Lunatic asylums in Bengal annual reports 1912-1924 - 1912-1924
Year: 1912
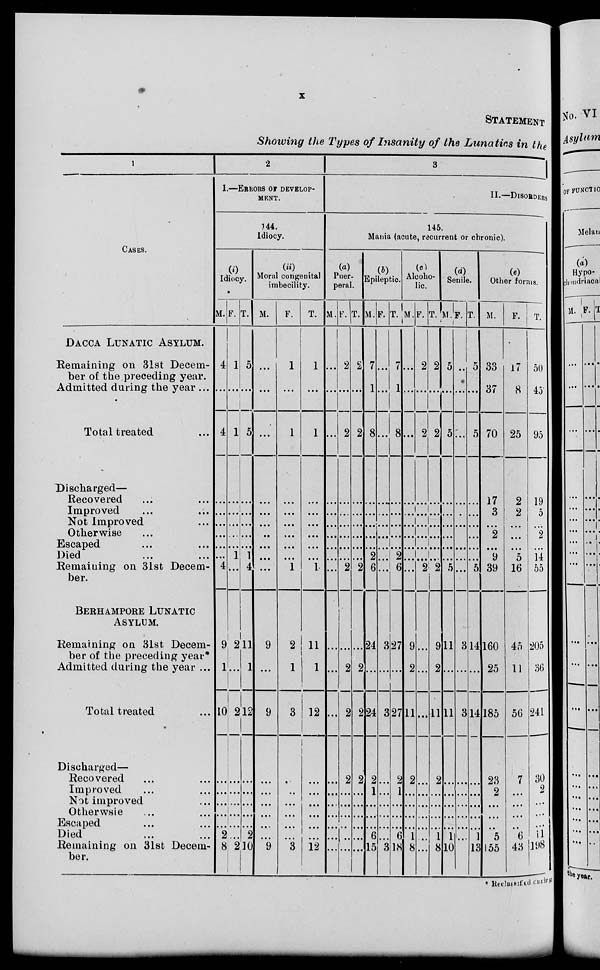
x
STATEMENT
Showing the Types of Insanity of the Lunatics in the
1
CASES.
DACCA LUNATIC ASYLUM.
Remaining on 31st Decem-
ber of the preceding year.
Admitted during the year ...
Total treated ...
Discharged—
Recovered ... ...
Improved ... ...
Not Improved ...
Otherwise ...
Escaped ... ...
Died ... ...
Remaining on 31st Decem-
ber.
BERHAMPORE LUNATIC
ASYLUM.
Remaining on 31st Decem-
ber of the preceding year
Admitted during the year ...
Total treated ...
Discharged—
Recovered ... ...
Improved ... ...
Not improved ...
Otherwsie ... ...
Escaped ... ...
Died ... ...
Remaining on 31st Decem-
ber.
2
1.—ERRORS OF DEVELOP-
-----
144.
Idiocy.
(i)
Idiocy.
M.
4
...
4
...
...
...
...
...
...
4
9
1
10
...
...
...
...
...
2
8
F.
1
...
1
...
...
...
...
...
1
...
2
...
2
...
...
...
...
...
...
2
T.
5
...
5
...
...
...
...
...
1
4
11
1
12
...
...
...
...
...
2
10
(ii)
Moral congenital
imbecility.
M.
...
...
...
...
...
...
...
...
...
...
9
...
9
...
...
...
...
...
...
9
F.
1
...
1
...
...
...
...
...
...
1
2
1
3
...
...
...
...
...
...
3
T.
1
...
1
...
...
...
...
...
...
1
11
1
12
...
...
...
...
...
...
12
3
II.—DISORDERS
145.
Mania (acute, recurrent or chronic).
(a)
Puer-
peral.
M.
...
...
...
...
...
...
...
...
...
...
...
...
...
...
...
...
...
...
...
...
F.
2
...
2
...
...
...
...
...
...
2
...
2
2
2
...
...
...
...
...
...
T.
2
...
2
...
...
...
...
...
...
2
...
2
2
2
...
...
...
...
...
...
(b)
Epileptic.
M.
7
1
8
...
...
...
...
...
2
6
24
...
24
2
1
...
...
...
6
15
F.
...
...
...
...
...
...
...
...
...
...
3
...
3
...
...
...
...
...
...
3
T.
7
1
8
...
...
...
...
...
2
6
27
...
27
2
1
...
...
...
6
18
(c)
Alcoho-
lic.
M.
...
...
...
...
...
...
...
...
...
...
9
2
11
2
...
...
...
...
1
8
F.
2
...
2
...
...
...
...
...
...
2
...
...
...
...
...
...
...
...
...
...
T.
2
1
2
...
...
...
...
...
...
2
9
2
11
2
...
...
...
...
1
8
(d)
Senile.
M.
5
...
5
...
...
...
...
...
...
5
11
...
11
...
...
...
...
...
1
10
F.
...
...
...
...
...
...
...
...
...
...
3
...
3
...
...
...
...
...
...
...
T.
5
...
5
...
...
...
...
...
...
5
14
...
14
...
...
...
...
...
1
13
(e)
Other forms.
M.
33
37
70
17
3
...
2
...
9
39
160
25
185
23
2
...
...
...
5
155
F.
17
8
25
2
2
...
...
...
5
16
45
11
56
7
...
...
...
...
6
43
T.
50
45
95
19
5
...
2
...
14
55
205
36
241
30
2
...
...
...
11
198
* Reclassified during